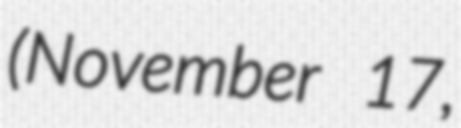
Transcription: (November 17,